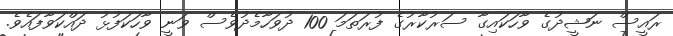
ރައީސް ނަޝީދުގެ ވާހަކައިގާ ސަރުކާރުގެ ފުރަތަމަ 100 ދުވަހާމެދުވެސް ވަނީ ވާހަކަފުޅު ދައްކަވާފައެވެ.